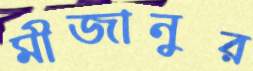
মীজানুর